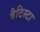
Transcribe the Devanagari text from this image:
बैटिस्टा